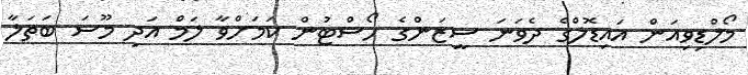
މޯލްޑިވިއަން އައިޑޮލްގެ ދެވަނަ ސީޒަންގެ ހޯސްޓުން ކަމަށްވާ ލަމް އަދި މޫސަ ބަތަލާ